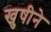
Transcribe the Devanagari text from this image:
खुषीने